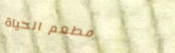
مطعم الحياة